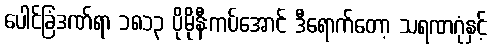
ပေါင်ခြံဒဏ်ရာ ၁၈၁၃ ပိုမိုနီးကပ်အောင် ဒီရောက်တော့ သရဏဂုံနှင့်